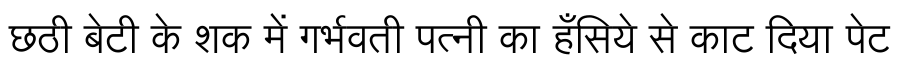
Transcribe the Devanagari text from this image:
छठी बेटी के शक में गर्भवती पत्नी का हँसिये से काट दिया पेट